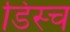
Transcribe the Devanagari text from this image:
डिस्च